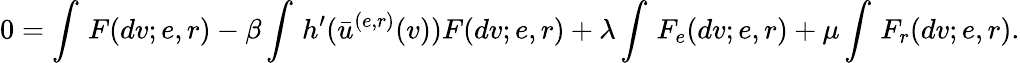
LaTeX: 0=\int\, F(dv;e,r)-\beta\int\, h^{\prime}(\bar{u}^{(e,r)}(v))F(dv;e,r)+\lambda\int\, F_{e}(dv;e,r)+\mu\int\, F_{r}(dv;e,r).